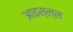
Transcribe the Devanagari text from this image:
आइस्ल्स